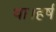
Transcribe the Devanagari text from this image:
था।हर्ष